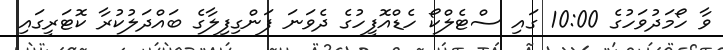
ވާ ހޯމަދުވަހުގެ 10:00 ގައި ސްޓެލްކޯ ހެޑްއޮފީހުގެ ދެވަނަ ފަންގިފިލާގެ ބައްދަލުކުރާ ކޮޓަރީގައި